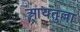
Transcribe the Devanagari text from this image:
आयतुल्ला